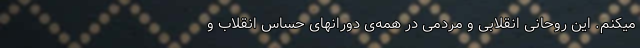
میکنم. این روحانی انقلابی و مردمی در همه‌ی دورانهای حساس انقلاب و